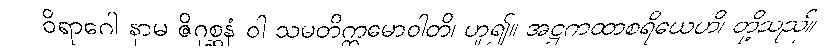
ဝိရာဂေါ နာမ ဇိဂုစ္ဆနံ ဝါ သမတိက္ကမောဝါတိ၊ ဟူ၍။ အဋ္ဌကထာစရိယေဟိ၊ တို့သည်။